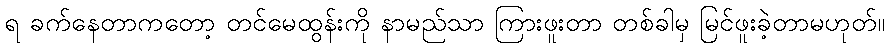
ရ ခက်နေတာကတော့ တင်မေထွန်းကို နာမည်သာ ကြားဖူးတာ တစ်ခါမှ မြင်ဖူးခဲ့တာမဟုတ်။